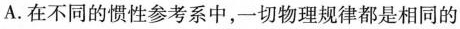
A.在不同的惯性参考系中，一切物理规律都是相同的